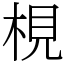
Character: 梘